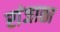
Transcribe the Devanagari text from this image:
रांजाळा